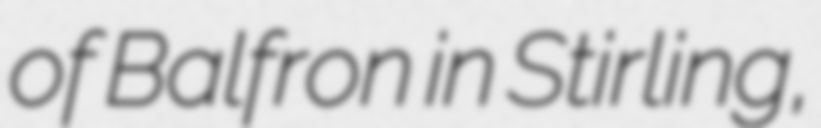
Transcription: of Balfron in Stirling,